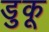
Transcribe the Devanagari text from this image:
डुकू